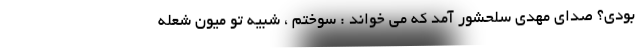
بودی؟ صدای مهدی سلحشور آمد که می خواند : سوختم ، شبیه تو میون شعله